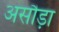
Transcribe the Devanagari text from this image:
असौड़ा